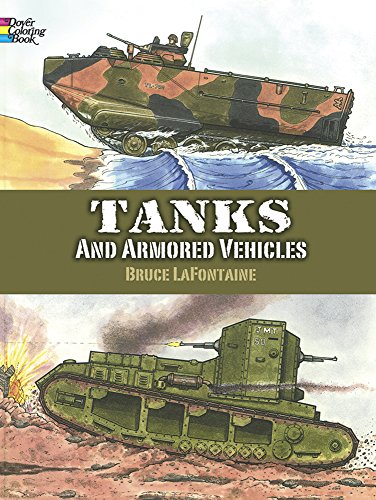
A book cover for Tanks and Armored Vehicles, Dover Coloring Book; Bruce LaFontaine; History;